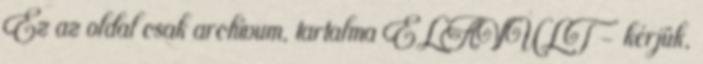
Ez az oldal csak archívum, tartalma ELAVULT – kérjük,